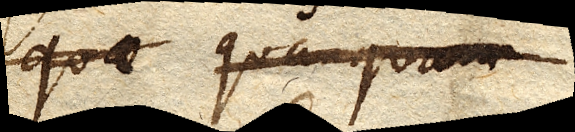
quae quanquam